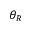
\theta _ { R }